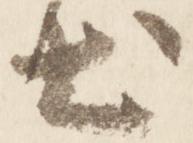
出